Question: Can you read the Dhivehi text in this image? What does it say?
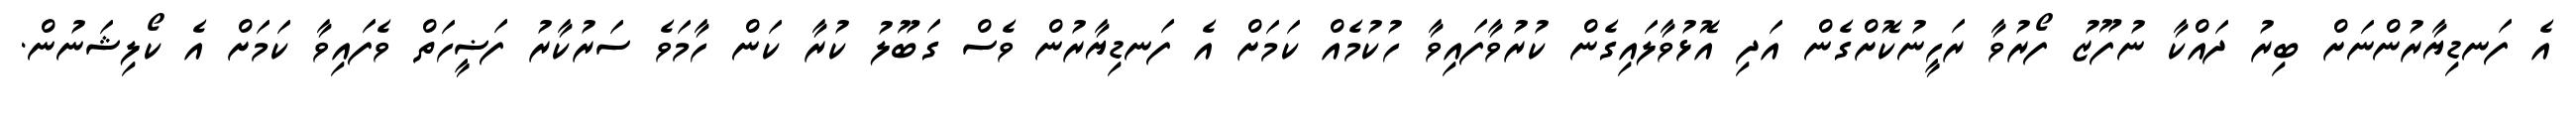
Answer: އެ ފަނޑިޔާރުންނަށް ބިރު ދައްކާ ނުފޫޒު ފޯރުވާ ރަހީނުކޮށްގެން އަދި އޮޅުވާލައިގެން ކުރުވާފައިވާ ހުކުމެއް ކަމަށް އެ ފަނޑިޔާރުން ވެސް ގަބޫލު ކުރާ ކަން ހާމަވެ ސަރުކާރު ފަޟީހަތް ވެފައިވާ ކަމަށް އެ ކޯލިޝަނުން.